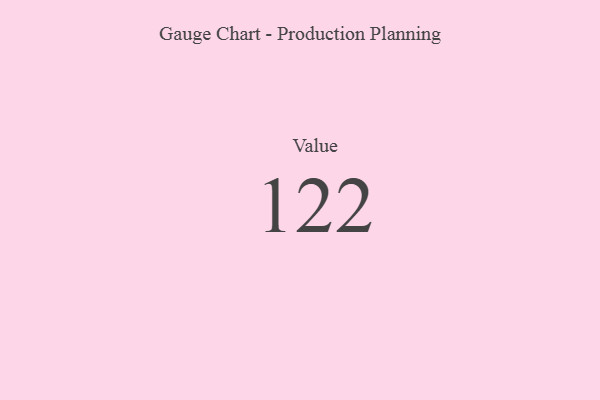
{"axis": {"x": "Metric", "y": "Value"}, "legend": [""], "data": [{"x": "Value", "y": 122, "type": ""}]}